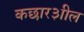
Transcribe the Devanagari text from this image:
कछार३ाील